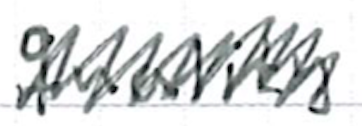
Text: quality
Cross-out: zig-zag
Writing tool: ballpoint